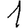
Digit: 1